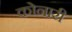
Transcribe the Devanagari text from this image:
कोनारी